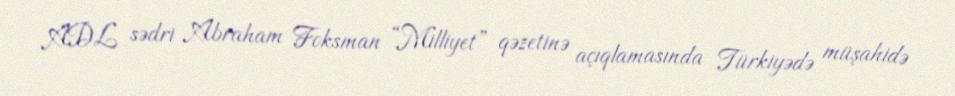
ADL sədri Abraham Foksman “Milliyet” qəzetinə açıqlamasında Türkiyədə müşahidə